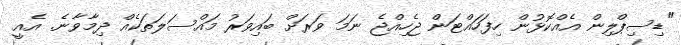
"ޑިސިޕްލިން އެއްކޮޅުން ހިފަހައްޓަން ޖެހިއްޖެ ނަމަ ވަރަށް ބައިވަރު މައްސަލަތަކެއް ދިމާވާނެ. އެއީ